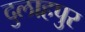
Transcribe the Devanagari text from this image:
दुलाहपुर